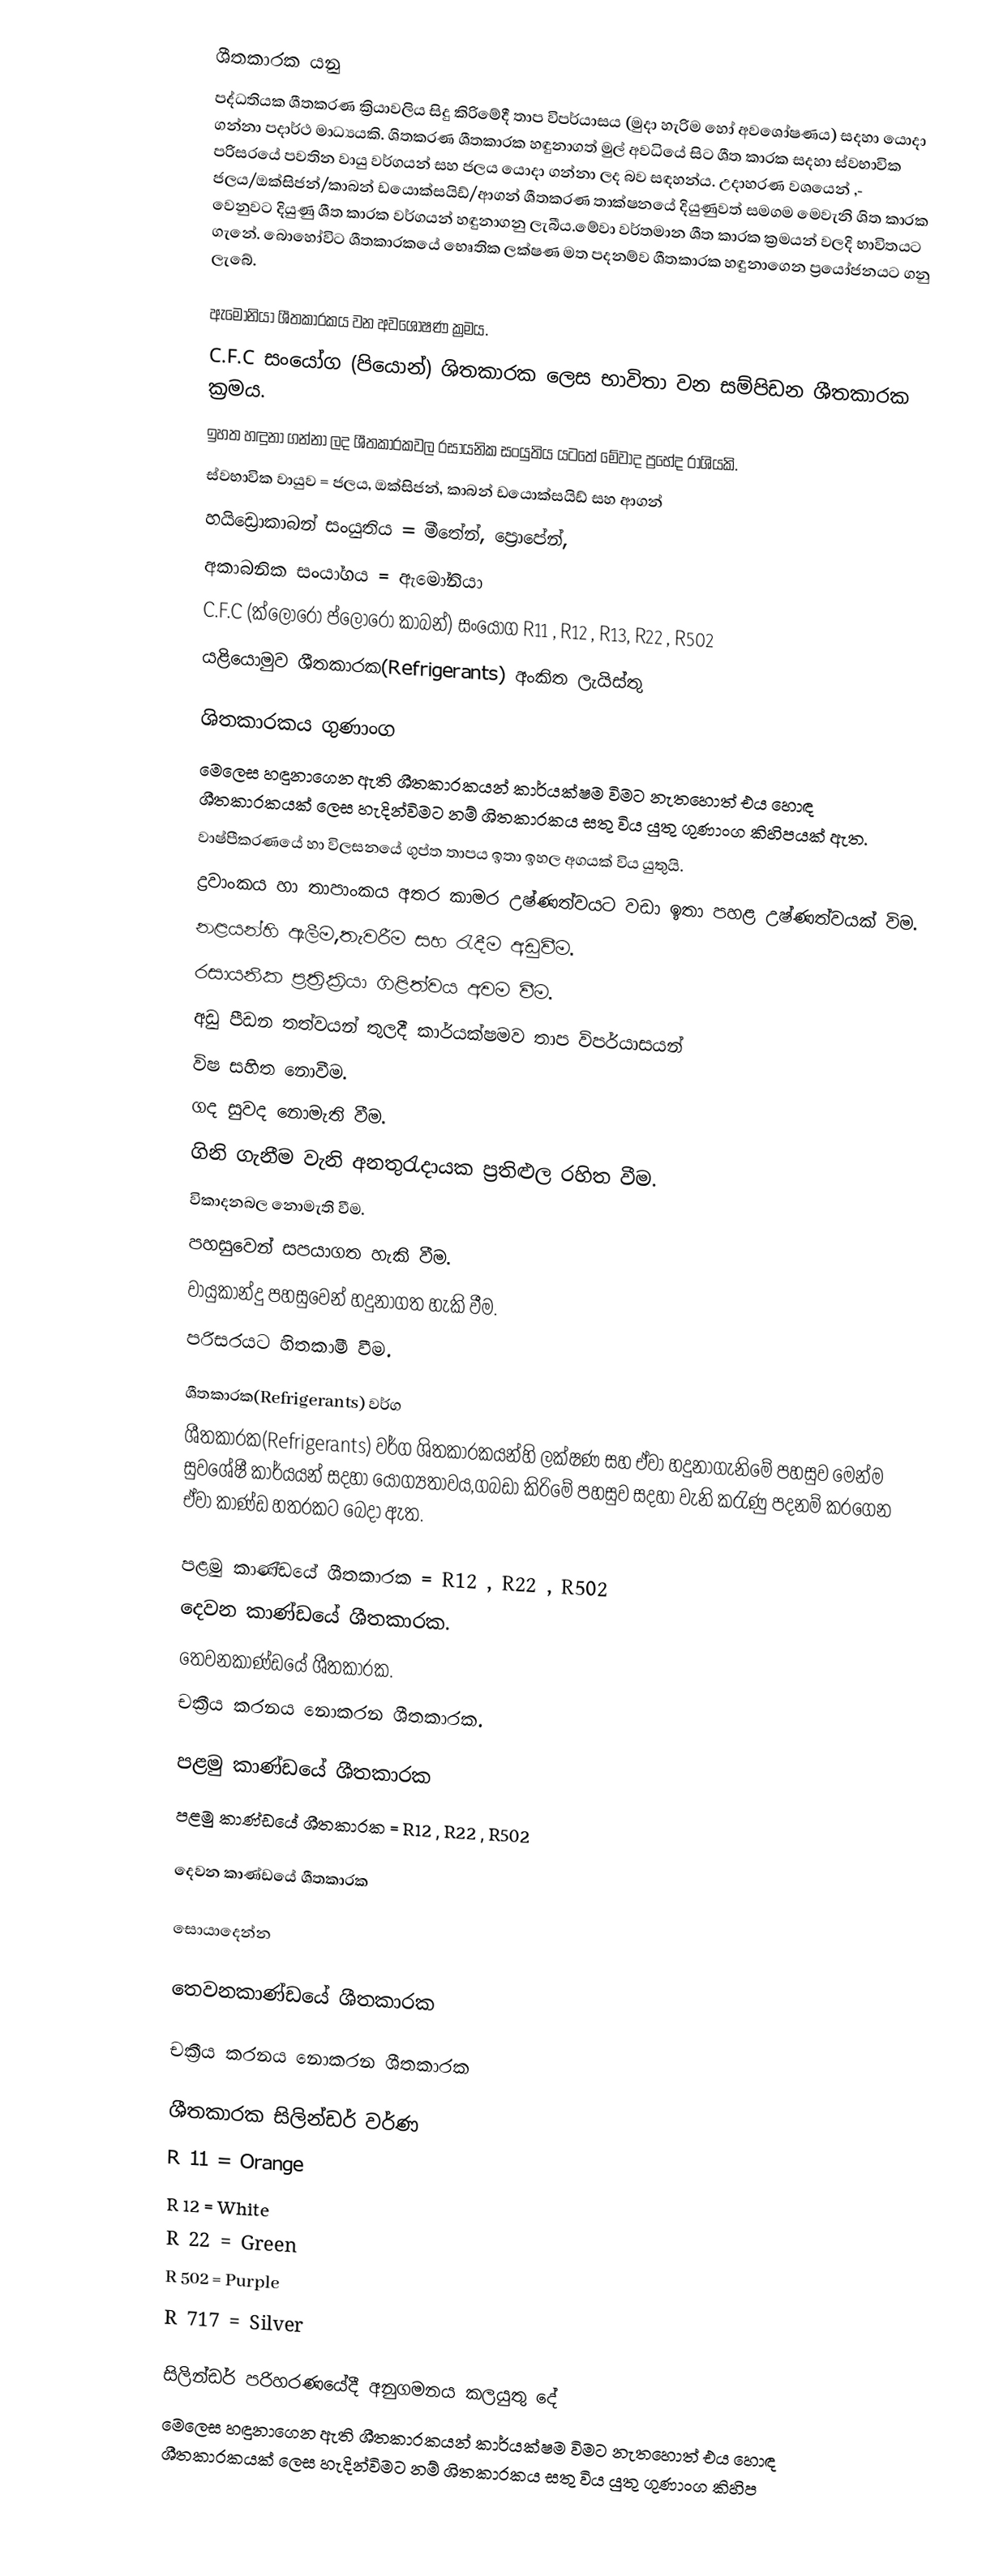
ශීතකාරක යනු
පද්ධතියක ශීතකරණ ක්‍රියාවලිය සිදු කිරිමේදී තාප විපර්යාසය (මුදා හැරිම හෝ අවශෝෂණය) සදහා යොදා ගන්නා පදාර්ථ මාධ්‍යයකි. ශිතකරණ ශීතකාරක හඳුනාගත් මුල් අවධියේ සිට ශීත කාරක සදහා ස්වභාවික පරිසරයේ පවතින වායු වර්ගයන් සහ ජලය යොදා ගන්නා ලද බව සඳහන්ය. උදාහරණ වශයෙන් ,- ජලය/ඔක්සිජන්/කාබන් ඩයොක්සයිඩ්/ආගන් ශීතකරණ තාක්ෂනයේ දියුණුවත් සමගම මෙවැනි ශිත කාරක වෙනුවට දියුණු ශීත කාරක වර්ගයන් හඳුනාගනු ලැබීය.මේවා වර්තමාන ශීත කාරක ක්‍රමයන් වලදි භාවිතයට ගැනේ. බොහෝවිට ශීතකාරකයේ භෙෘතික ලක්ෂණ මත පදනම්ව ශීතකාරක හඳුනාගෙන ප්‍රයෝජනයට ගනු ලැබේ.

ඇමෝනියා ශීතකාරකය වන අවශෝෂණ ක්‍රමය.
    C.F.C සංයෝග (පියොන්) ශිතකාරක ලෙස භාවිතා වන සම්පිඩන ශීතකාරක ක්‍රමය.
ඉහත හඳුනා ගන්නා ලද ශීතකාරකවල රසායනික සංයුතිය යටතේ මේවාද ප්‍රභේද රාශියකි.
    ස්වභාවික වායුව = ජලය,  ඔක්සිජන්, කාබන් ඩයොක්සයිඩ් සහ ආගන්
    හයිඩ්‍රොකාබන් සංයුතිය = මීතේන්, ප්‍රොපේන්,
    අකාබනික සංයා්ගය = ඇමෝනියා
    C.F.C (ක්ලෝරෝ ප්ලෝරෝ කාබන්) සංයෝග R11 , R12 , R13, R22 , R502
යළියොමුව ශීතකාරක(Refrigerants) අංකිත ලැයිස්තු

ශිතකාරකය ගුණාංග
මෙලෙස හඳුනාගෙන ඇති ශීතකාරකයන් කාර්යක්ෂම විමට නැතහොත් එය හොඳ ශීතකාරකයක් ලෙස හැදින්විමට නම් ශිතකාරකය සතු විය යුතු ගුණාංග කිහිපයක් ඇත.
  වාෂ්පීකරණයේ හා විලසනයේ ගුප්ත තාපය ඉතා ඉහල අගයක් විය යුතුයි.
  ද්‍රවාංකය හා තාපාංකය අතර කාමර උෂ්ණත්වයට වඩා ඉතා පහළ උෂ්ණත්වයක් විම.
   නළයන්හි ඇලීම,තැවරීම සහ රැදීම අඩුවීම.
   රසායනික ප්‍රත්‍රික්‍රියා ගිළිත්වය අවම වීම.
   අඩු පීඩන තත්වයන් තුලදී කාර්යක්ෂමව තාප විපර්යාසයන්
   විෂ සහිත නොවීම.
   ගද සුවද නොමැති වීම.
    ගිනි ගැනීම වැනි අනතුරැදායක ප්‍රතිළුල රහිත වීම.
     විකාදනබල නොමැති වීම.
     පහසුවෙන් සපයාගත හැකි වීම.
     වායුකාන්දු පහසුවෙන් හදුනාගත හැකි වීම.
     පරිසරයට හිතකාමී වීම.

ශීතකාරක(Refrigerants) වර්ග
ශීතකාරක(Refrigerants) වර්ග ශිතකාරකයන්හි ලක්ෂණ සහ ඒවා හදුනාගැනිමේ පහසුව මෙන්ම සුවශේෂී කාර්යයන් සදහා යෝග්‍යතාවය,ගබඩා කිරිමේ පහසුව සදහා වැනි කරැණු පදනම් කරගෙන ඒවා කාණ්ඩ හතරකට බෙදා ඇත.

      පළමු කාණ්ඩයේ ශීතකාරක = R12 , R22 , R502
     දෙවන කාණ්ඩයේ ශීතකාරක.
     තෙවනකාණ්ඩයේ ශීතකාරක.
     චක්‍රීය කරනය නොකරන ශීතකාරක.

පළමු කාණ්ඩයේ ශීතකාරක
පළමු කාණ්ඩයේ ශීතකාරක = R12 , R22 , R502

දෙවන කාණ්ඩයේ ශීතකාරක

සොයාදෙන්න

තෙවනකාණ්ඩයේ ශීතකාරක

චක්‍රීය කරනය නොකරන ශීතකාරක

ශීතකාරක සිලින්ඩර් වර්ණ
 R 11          =   Orange
 R 12          =   White
 R 22          =   Green
 R 502        =  Purple
 R 717        =  Silver

සිලින්ඩර් පරිහරණයේදී අනුගමනය කලයුතු දේ
මෙලෙස හඳුනාගෙන ඇති ශීතකාරකයන් කාර්යක්ෂම විමට නැතහොත් එය හොඳ ශීතකාරකයක් ලෙස හැදින්විමට නම් ශිතකාරකය සතු විය යුතු ගුණාංග කිහිප